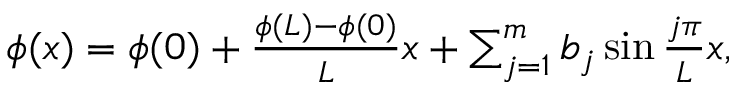
\begin{array} { r } { \phi ( x ) = \phi ( 0 ) + \frac { \phi ( L ) - \phi ( 0 ) } { L } x + \sum _ { j = 1 } ^ { m } b _ { j } \sin \frac { j \pi } { L } x , } \end{array}